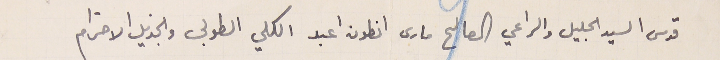
قدس السيد الجليل والراعي الصالح مارى انطون اعبد الكلي الطوبى والجزيل الاحترام